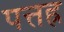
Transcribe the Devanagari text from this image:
पत्तह्र